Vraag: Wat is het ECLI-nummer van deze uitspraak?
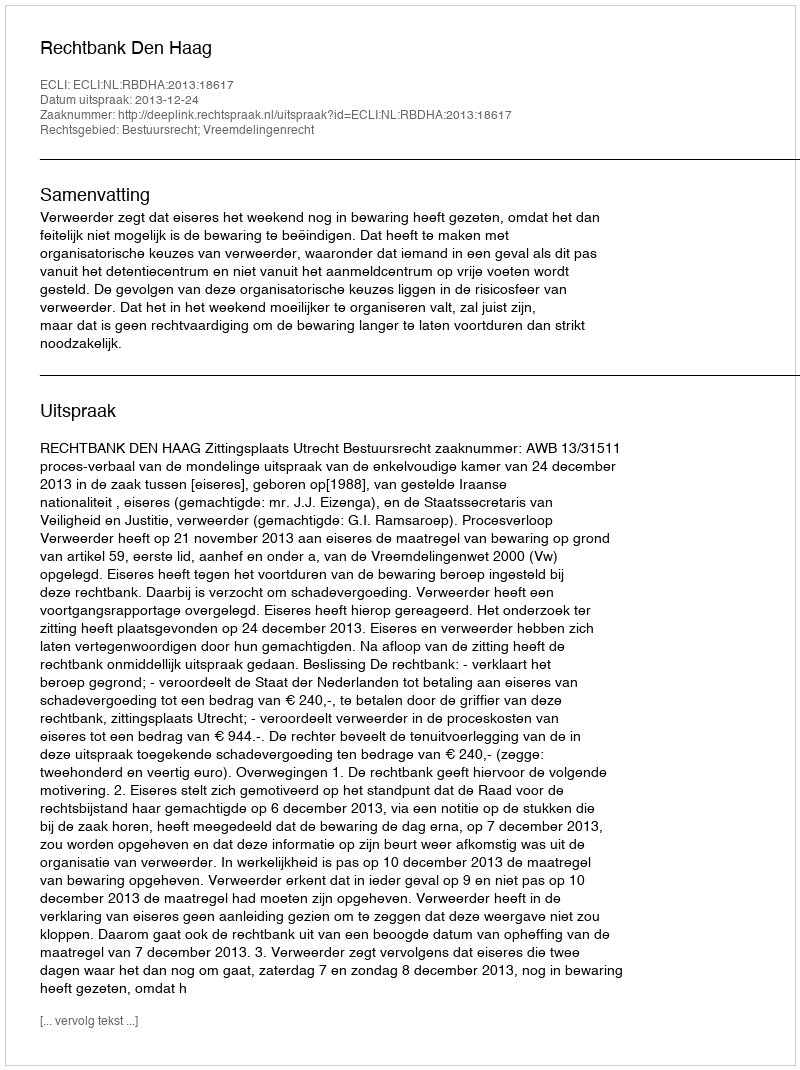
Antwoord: ECLI:NL:RBDHA:2013:18617